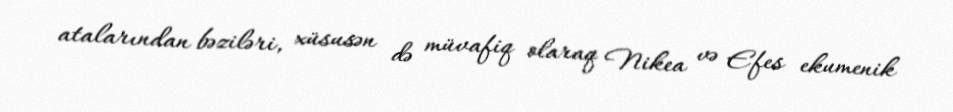
atalarından bəziləri, xüsusən də müvafiq olaraq Nikea və Efes ekumenik